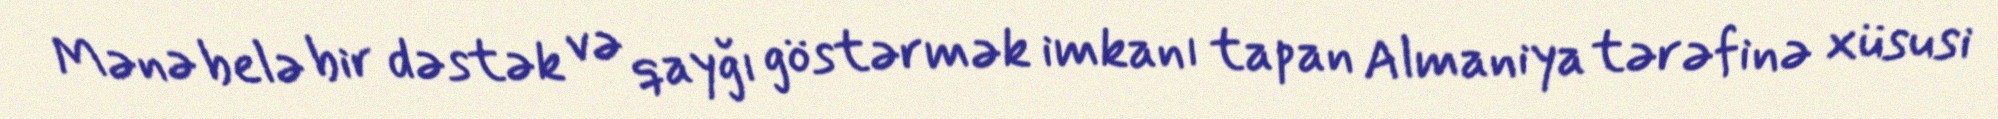
Mənə belə bir dəstək və qayğı göstərmək imkanı tapan Almaniya tərəfinə xüsusi